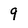
Character: 9